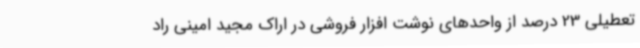
تعطیلی 23 درصد از واحدهای نوشت افزار فروشی در اراک مجید امینی راد